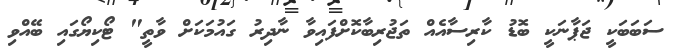
ސަބަބަކީ ޖަޕާނަކީ ބޮޑު ކާރިސާއެއް ތަޖުރިބާކޮށްފައިވާ ނާދިރު ގައުމަކަށް ވާތީ" ޓޯކިޔޯގައި ބޭއްވި